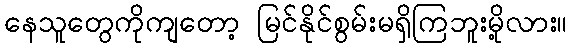
နေသူတွေကိုကျတော့ မြင်နိုင်စွမ်းမရှိကြဘူးမို့လား။